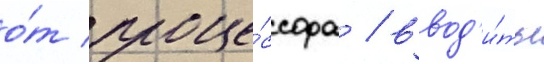
о́т проце́ссора / ввод'и́ть